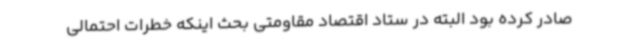
صادر کرده بود البته در ستاد اقتصاد مقاومتی بحث اینکه خطرات احتمالی